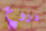
دروع